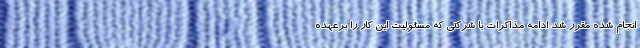
انجام شده مقرر شد ادامه مذاکرات با شرکتی که مسئولیت این کار را برعهده